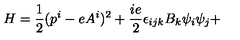
H = \frac { 1 } { 2 } ( p ^ { i } - e A ^ { i } ) ^ { 2 } + \frac { i e } { 2 } \epsilon _ { i j k } B _ { k } \psi _ { i } \psi _ { j } +